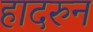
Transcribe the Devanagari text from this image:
हादरुन